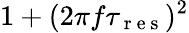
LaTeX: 1+(2\pi f\tau_{\mathrm{~r~e~s~}})^{2}